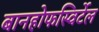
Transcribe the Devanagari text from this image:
बानहोफस्विर्टेल